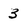
Character: 3